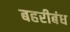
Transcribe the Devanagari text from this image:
बहरीबंध